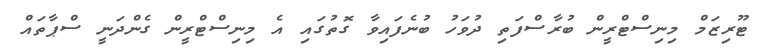
ޓޫރިޒަމް މިނިސްޓްރީން ބުރާސްފަތި ދުވަހު ބުނެފައިވާ ގޮތުގައި އެ މިނިސްޓްރީން ގެންދަނީ ސްޕާތައް